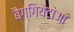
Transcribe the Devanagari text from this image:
बैग्गियैटोआ